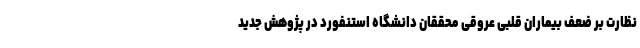
نظارت بر ضعف بیماران قلبی عروقی محققان دانشگاه استنفورد در پژوهش جدید